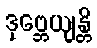
ဒုဗ္ဘေယျန္တိ